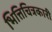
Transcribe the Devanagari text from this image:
भित्तिचित्रकारी